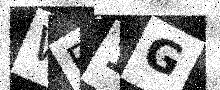
Text: WF1G